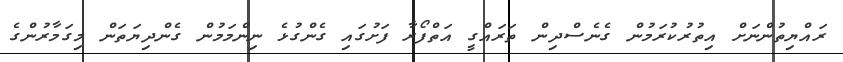
ރައްޔިތުންނަށް އިތުރުކުރަމުން ގެނެސްދިން ތަރައްގީ އަތްފޯރާ ފަށުގައި ގެންގުޅެ ނިންމަމުން ގެންދިޔަތަން މިގަމާރުންގެ